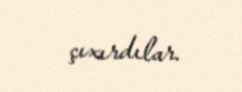
çıxırdılar.